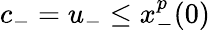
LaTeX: c_{-}=u_{-}\leq x_{-}^{p}(0)